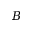
B